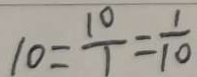
1 0 = \frac { 1 0 } { 1 } = \frac { 1 } { 1 0 }